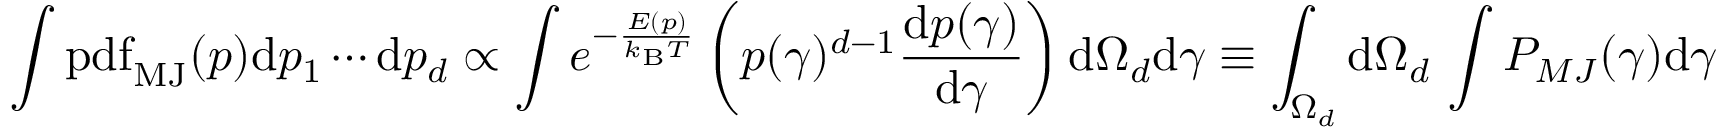
\int \operatorname { p d f } _ { \mathrm { M J } } ( p ) \mathrm { d } p _ { 1 } \cdots \mathrm { d } p _ { d } \propto \int e ^ { - { \frac { E ( p ) } { k _ { \mathrm { B } } T } } } \left( p ( \gamma ) ^ { d - 1 } { \frac { \mathrm { d } p ( \gamma ) } { \mathrm { d } \gamma } } \right) \mathrm { d } \Omega _ { d } \mathrm { d } \gamma \equiv \int _ { \Omega _ { d } } \mathrm { d } \Omega _ { d } \, \int P _ { M J } ( \gamma ) \mathrm { d } \gamma